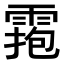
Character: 𩃧